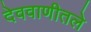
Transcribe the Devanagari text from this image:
देववाणीतले